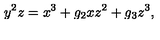
y ^ { 2 } z = x ^ { 3 } + g _ { 2 } x z ^ { 2 } + g _ { 3 } z ^ { 3 } ,